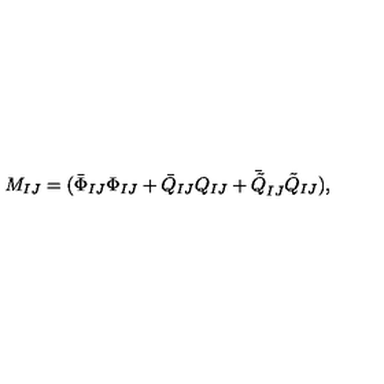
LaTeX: M _ { I J } = ( \bar { \Phi } _ { I J } \Phi _ { I J } + \bar { Q } _ { I J } Q _ { I J } + \bar { \tilde { Q } } _ { I J } \tilde { Q } _ { I J } ) ,